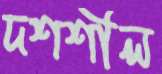
দশশীল